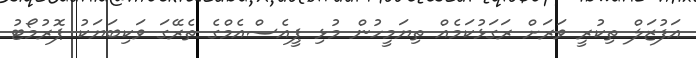
އަފުޒަލް ތިކުރީ ވަރަށް ރަގަޅުކަމެއް ތިޔަމީހުން މުޅި ޕީއެސްއެމްގެ ތެރޭގަ ވަކިބަޔަކު ޕޮރުމޯޓު